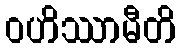
ဝဟိဿာမီတိ